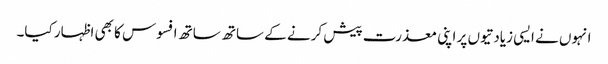
انہوں نے ایسی زیادتیوں پر اپنی معذرت پیش کرنے کے ساتھ ساتھ افسوس کا بھی اظہار کیا۔